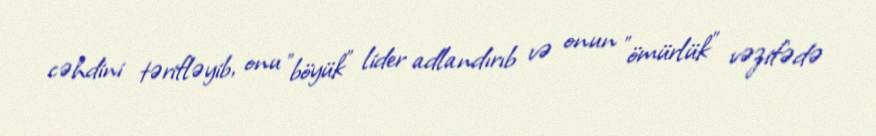
cəhdini tərifləyib, onu "böyük" lider adlandırıb və onun "ömürlük" vəzifədə